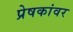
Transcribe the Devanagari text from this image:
प्रेषकांवर